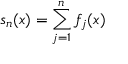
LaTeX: s _ { n } ( x ) = \sum _ { j = 1 } ^ { n } f _ { j } ( x )